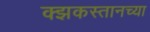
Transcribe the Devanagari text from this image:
क्झकस्तानच्या